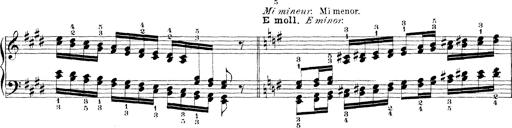
Title: Technische Studien
Composer: Franz Liszt